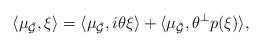
\begin{align*}\langle \mu_{\tilde{\mathcal{G}}},\xi\rangle =\langle \mu_{\tilde{\mathcal{G}}},i\theta\xi\rangle+\langle\mu_{\tilde{\mathcal{G}}},\theta^{\perp}p(\xi)\rangle,\end{align*}